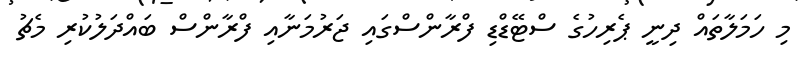
މި ހަމަލާތައް ދިނީ ޕެރިހުގެ ސްޓޭޑްޑި ފްރާންސްގައި ޖަރުމަނާއި ފްރާންސް ބައްދަލުކުރި މެޗު